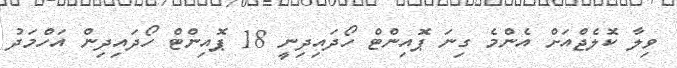
ވިލާ ކޮލެޖްއަށް އެންމެ ގިނަ ޕޮއިންޓް ހޯދައިދިނީ 18 ޕޮއިންޓް ހޯދައިދިން އަހްމަދު